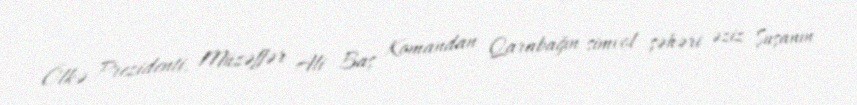
Ölkə Prezidenti, Müzəffər Ali Baş Komandan Qarabağın simvol şəhəri əziz Şuşanın